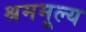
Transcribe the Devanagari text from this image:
श्रममूल्य